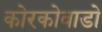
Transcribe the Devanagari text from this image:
कोरकोवाडो